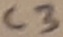
Text: C3